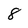
Character: 8